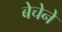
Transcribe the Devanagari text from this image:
बेचेने